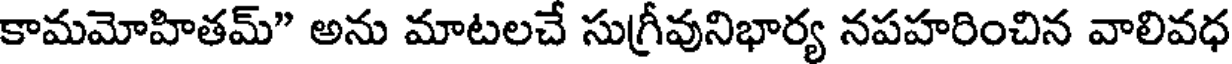
కామమోహితమ్" అను మాటలచే సుగ్రీవునిభార్య నపహరించిన వాలివధ